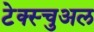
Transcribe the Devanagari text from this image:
टेक्स्चुअल